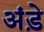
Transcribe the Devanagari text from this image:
अंड़े